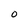
Character: O